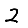
Digit: 2